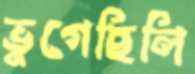
ভুগেছিলি